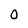
Character: 0